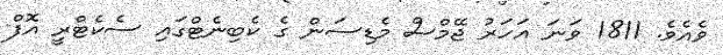
ވެއެވެ. 1811 ވަނަ އަހަރު ޖޭމްސް މެޑިސަން ގެ ކެބިނެޓްގައި ސެކެޓްރީ އޮފް